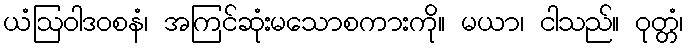
ယံဩဝါဒဝစနံ၊ အကြင်ဆုံးမသောစကားကို။ မယာ၊ ငါသည်။ ဝုတ္တံ၊